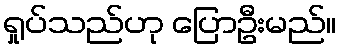
ရှုပ်သည်ဟု ပြောဦးမည်။